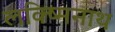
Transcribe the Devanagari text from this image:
लक्ष्मिनाथ